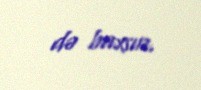
də baxsın.